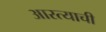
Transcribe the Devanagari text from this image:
आरत्याची